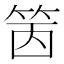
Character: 䇧